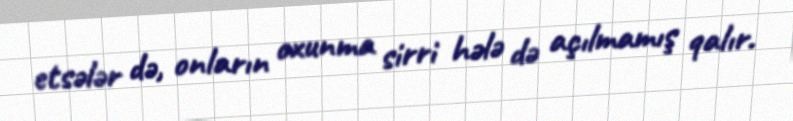
etsələr də, onların oxunma sirri hələ də açılmamış qalır.